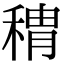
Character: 䅢